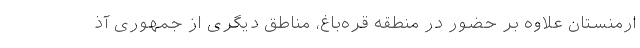
ارمنستان علاوه بر حضور در منطقه قره‌باغ، مناطق دیگری از جمهوری آذ